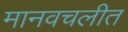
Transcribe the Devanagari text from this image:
मानवचलीत